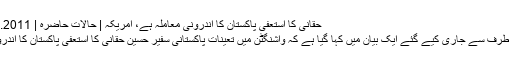
حقانی کا استعفیٰ پاکستان کا اندرونی معاملہ ہے، امریکہ | حالات حاضرہ | DW | 23.11.2011
وائٹ ہاؤس کی طرف سے جاری کیے گئے ایک بیان میں کہا گیا ہے کہ واشنگٹن میں تعینات پاکستانی سفیر حسین حقانی کا استعفیٰ پاکستان کا اندرونی معاملہ ہے۔